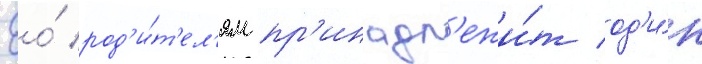
Ео́ род'и́т'ел'ям пр'инадл'ежи́т од'и́н